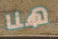
هنا